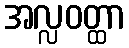
အလ္လဝတ္ထာ